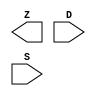
module sky130_fd_sc_hdll__muxb8to1 (
    Z,
    D,
    S
);

    output       Z;
    input  [7:0] D;
    input  [7:0] S;

    // Voltage supply signals
    supply1 VPWR;
    supply0 VGND;
    supply1 VPB ;
    supply0 VNB ;

endmodule